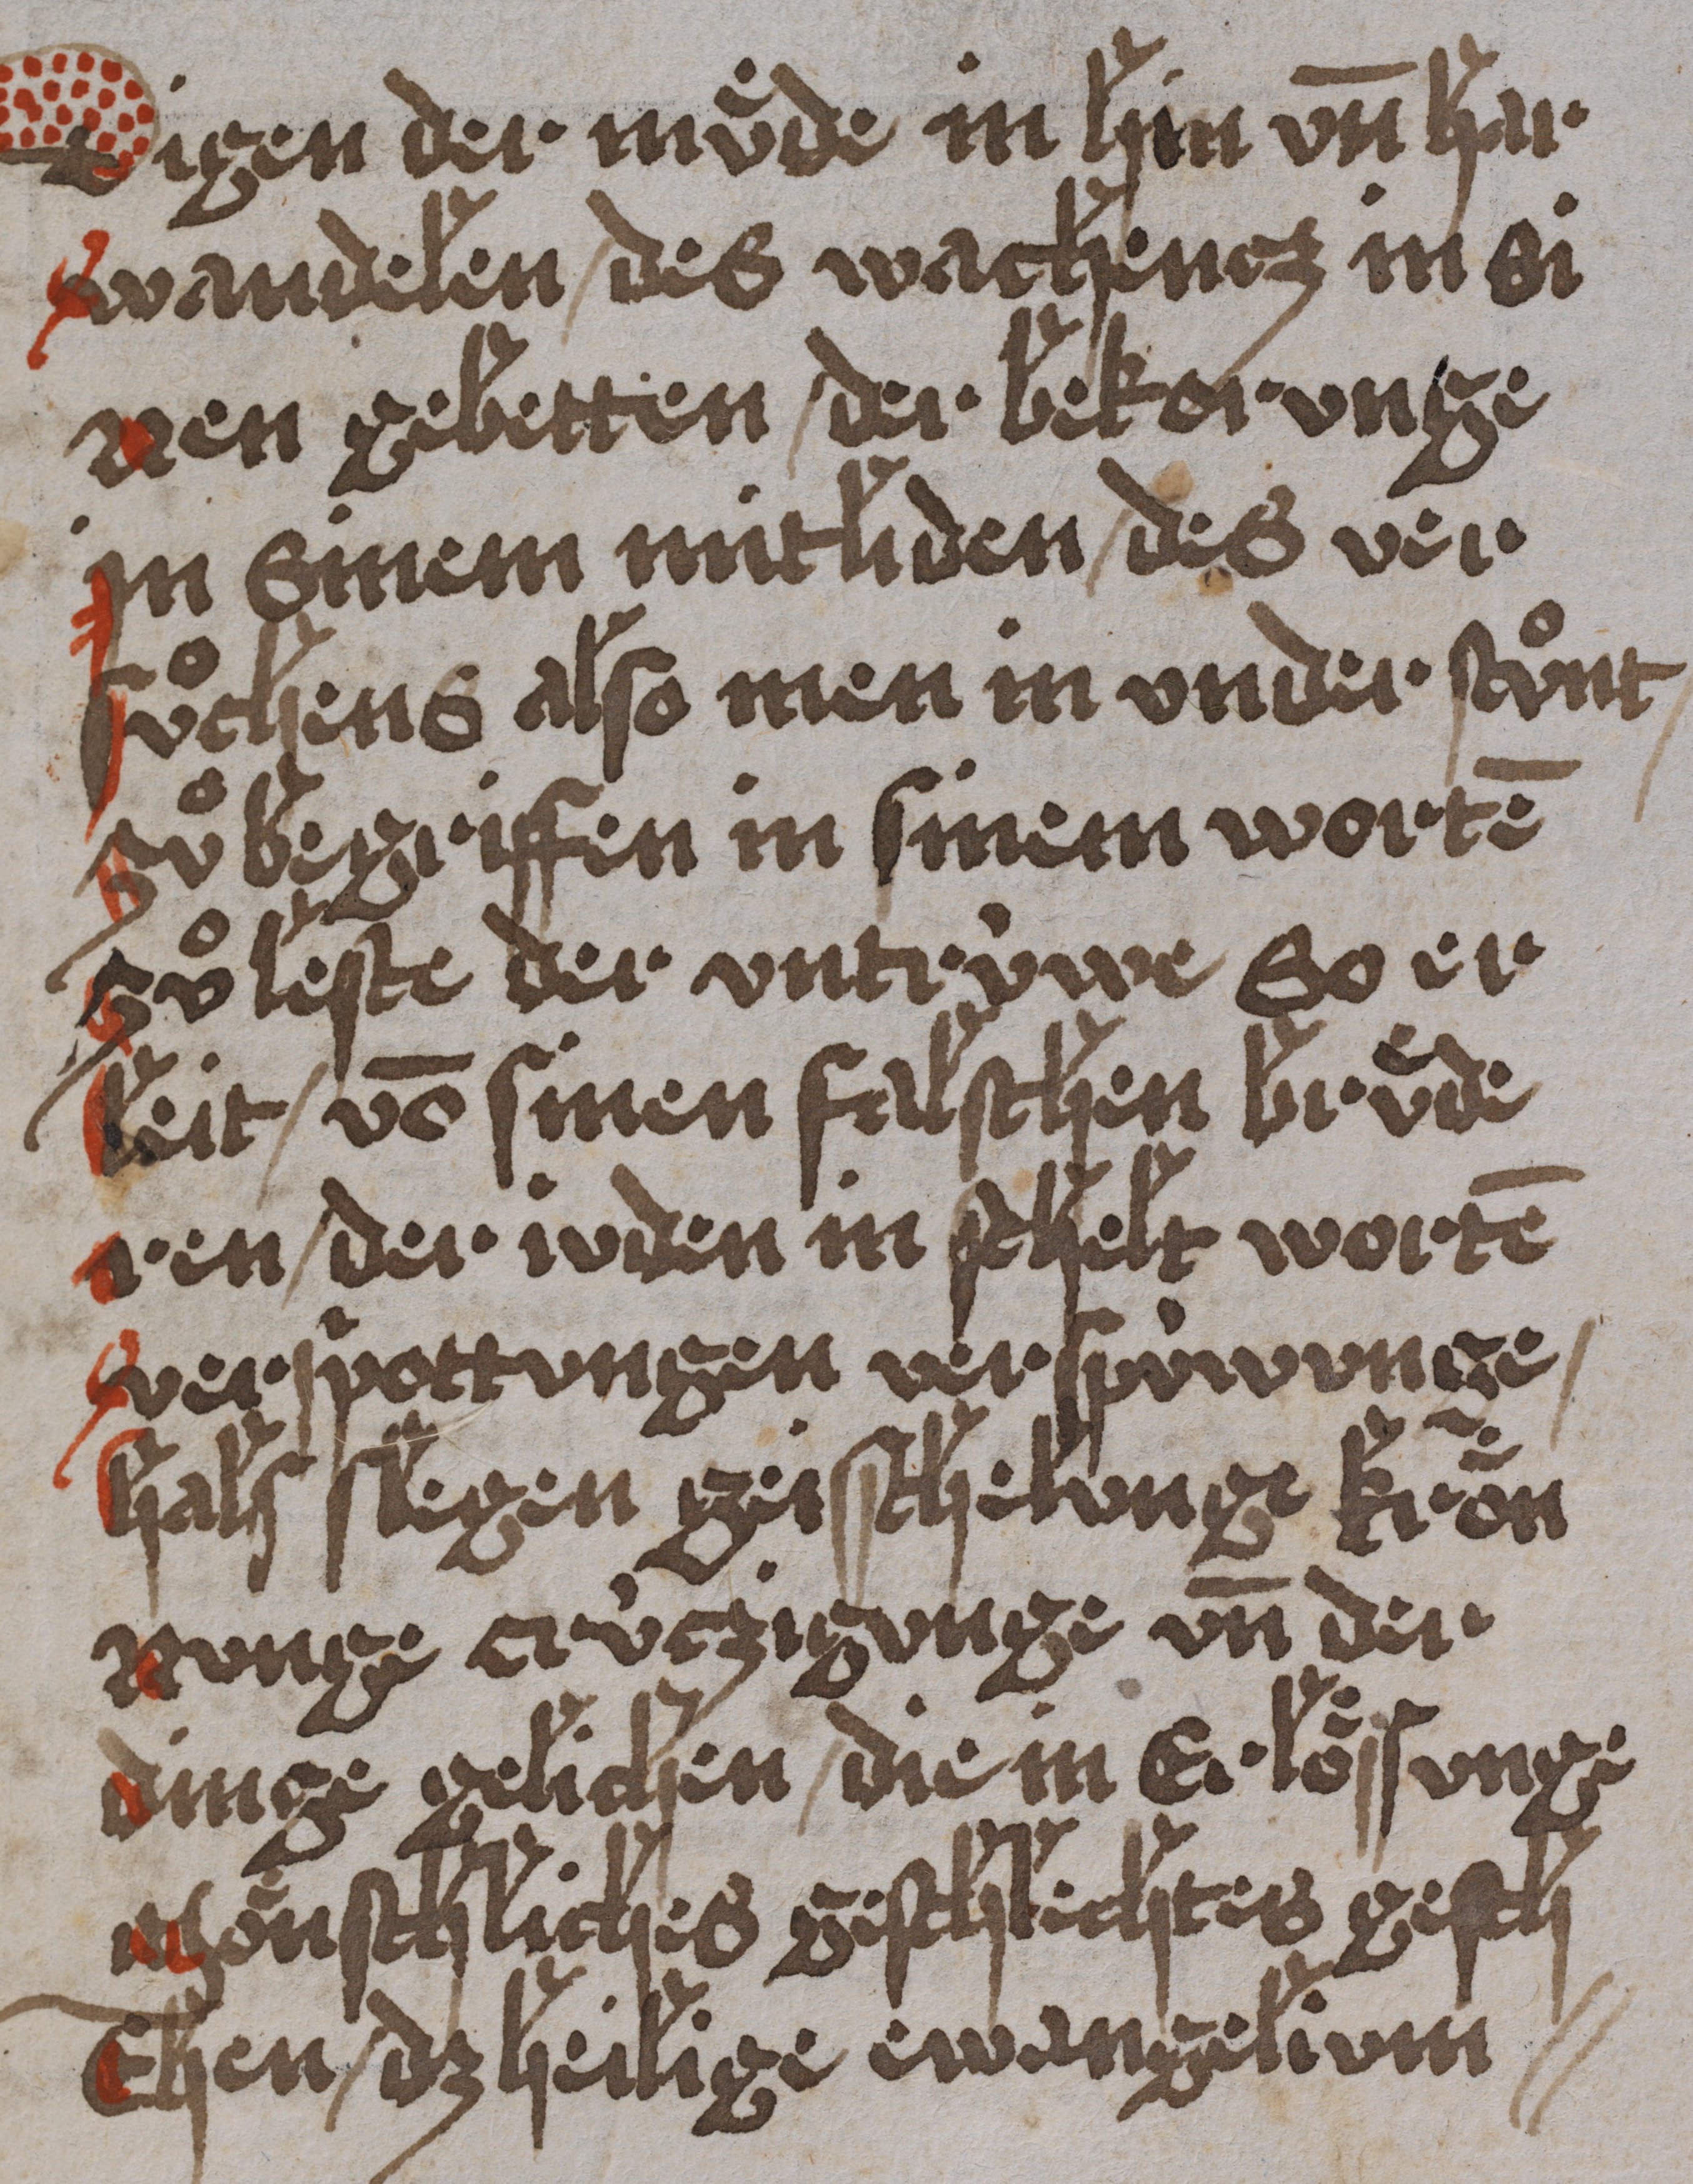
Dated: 1450–1499